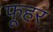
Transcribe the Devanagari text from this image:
फूहर